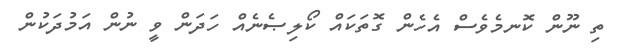
ތި ނޫން ކޮނމެވެސް އެހެން ގޮތަކައް ކޯލިޞެނެއް ހަދަން ވީ ނުން އަމުދަކުން